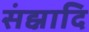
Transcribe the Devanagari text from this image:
संह्नादि